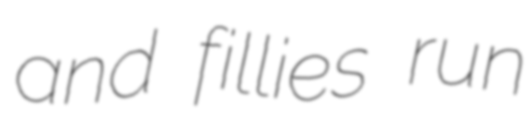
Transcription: and fillies run